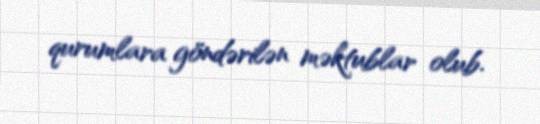
qurumlara göndərilən məktublar olub.